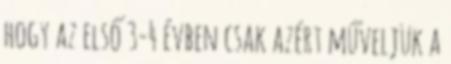
hogy az első 3-4 évben csak azért műveljük a